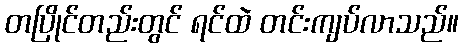
တပြိုင်တည်းတွင် ရင်ထဲ တင်းကျပ်လာသည်။